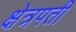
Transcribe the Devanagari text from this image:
क्षेत्रपती